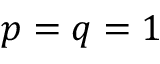
p = q = 1